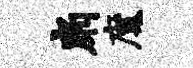
扇魔